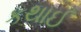
કથાઈ